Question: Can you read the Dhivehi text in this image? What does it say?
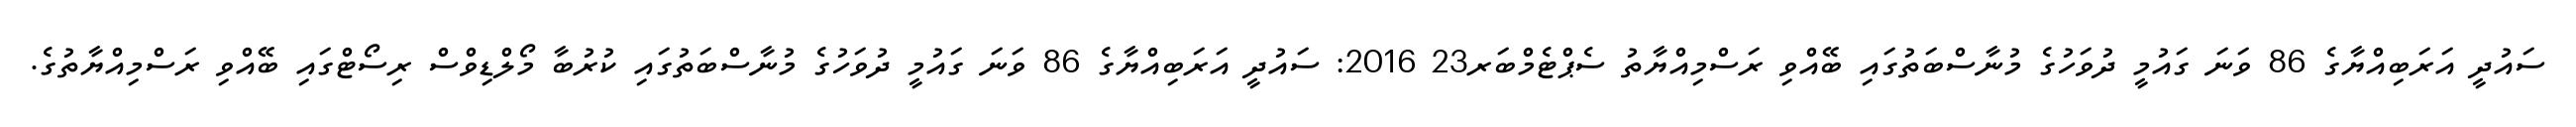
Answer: ސައުދީ އަރަބިއްޔާގެ 86 ވަނަ ގައުމީ ދުވަހުގެ މުނާސްބަތުގައި ބޭއްވި ރަސްމިއްޔާތު ސެޕްޓެމްބަރ23 2016: ސައުދީ އަރަބިއްޔާގެ 86 ވަނަ ގައުމީ ދުވަހުގެ މުނާސްބަތުގައި ކުރުބާ މޯލްޑިވްސް ރިސޯޓްގައި ބޭއްވި ރަސްމިއްޔާތުގެ.